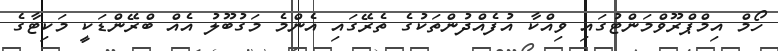
ހޯމް އިމްޕްރޫވްމަންޓުގައި ވިއްކާ އުފެއްދުންތަކުގެ ތެރޭގައި އެންމެ މަގުބޫލު އެއް ބްރޭންޑަކީ މަކިޓާގެ